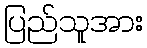
ပြည်သူအား